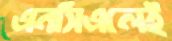
এনসিএলেই